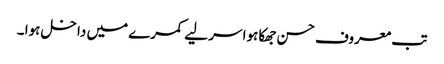
تب معروف حسن جھکا ہوا سر لیے کمرے میں داخل ہوا ۔